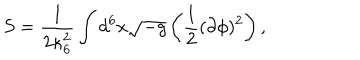
S = \frac { 1 } { 2 \kappa _ { 6 } ^ { 2 } } \int d ^ { 6 } x \sqrt { - g } \left( \frac { 1 } { 2 } ( \partial \phi ) ^ { 2 } \right) ,